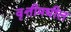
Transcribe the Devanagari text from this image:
वृत्तीमधील